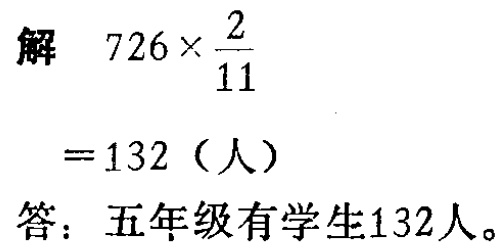
解

\[

\begin{align*}

726\times\frac{2}{11}&= 132 \text{（人）}\\

\end{align*}

\]

答：五年级有学生132人。